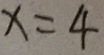
x = 4